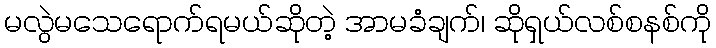
မလွဲမသေရောက်ရမယ်ဆိုတဲ့ အာမခံချက်၊ ဆိုရှယ်လစ်စနစ်ကို